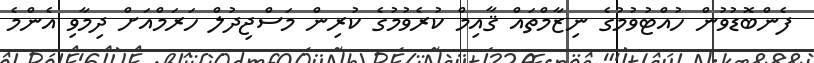
ފެންބޮޑުވުން ހުއްޓުވުމުގެ ނިޒާމްތައް ޤާއިމް ކުރެވުމުގެ ކުރިން މަސްޖިދުލް ހަރަމްއަށް ދިމާވި އެންމެ